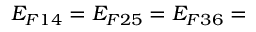
E _ { F 1 4 } = E _ { F 2 5 } = E _ { F 3 6 } =